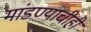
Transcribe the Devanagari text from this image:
मांडण्याचीही